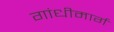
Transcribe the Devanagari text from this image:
गांधीमार्ग